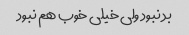
بد نبود ولی خیلی خوب هم نبود